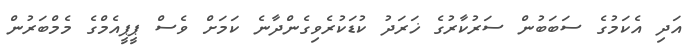
އަދި އެކަމުގެ ސަބަބުން ސަރުކާރުގެ ޚަރަދު ކުޑަކުރެވިގެންދާނެ ކަމަށް ވެސް ޕީޕީއެމްގެ މެމްބަރުން